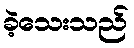
ခဲ့သေးသည်